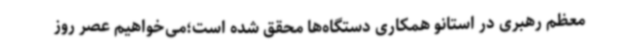
معظم رهبری در استانو همکاری دستگاه‌ها محقق شده است؛می‌خواهیم عصر روز